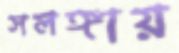
সলঙ্গায়